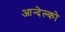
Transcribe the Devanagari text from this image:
आन्देल्को